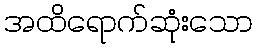
အထိရောက်ဆုံးသော